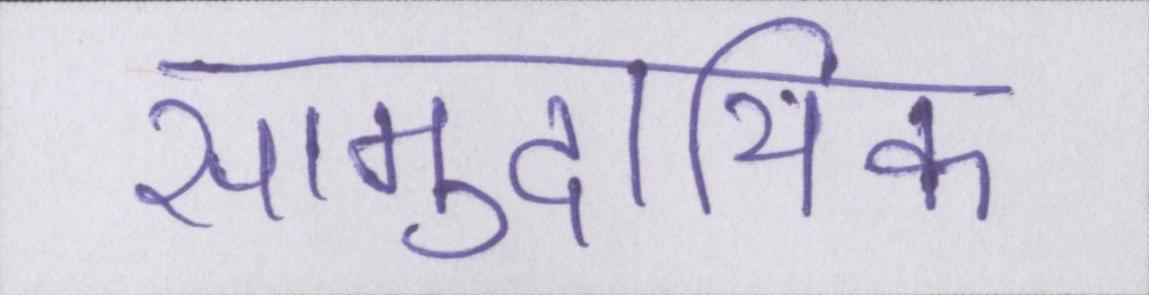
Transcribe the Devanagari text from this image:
सामुदायिक